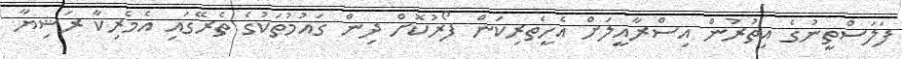
ފަލަސްތީނުގެ އިތުރުން އިސްރާއީލަށް އެހީތެރިކަން ފޯރުކޮށް ދިން ގައުމުތަކުގެ ތެރޭގައި އެމެރިކާ ރަޝިޔާ